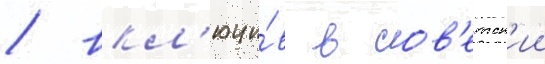
/ вкл'ючи́в в сов'етск'ии